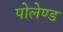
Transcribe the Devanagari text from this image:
पोलेण्ड